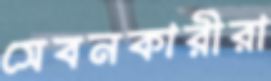
সেবনকারীরা